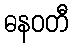
ဓနဝတီ